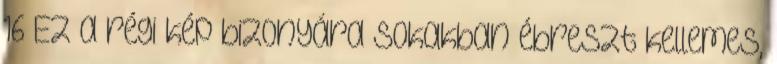
16 Ez a régi kép bizonyára sokakban ébreszt kellemes,